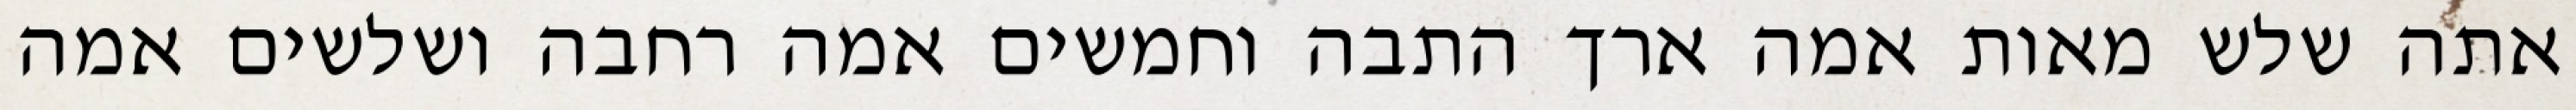
אתה שלש מאות אמה ארך התבה וחמשים אמה רחבה ושלשים אמה